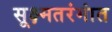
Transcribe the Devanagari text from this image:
सूक्ष्मतरंगांत